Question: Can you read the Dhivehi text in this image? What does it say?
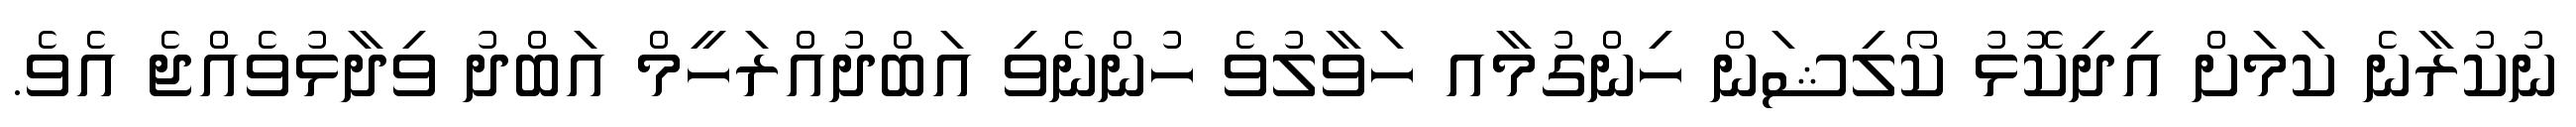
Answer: ނުކުރާނެ ކަމަށް އިދިކޮޅު ކޯލިޝަން ހިންގުމާއ ހަވާލުވެ ހުންނެވި އަބްދުއްރަހީމް އަބްދު ވިދާޅުވެއްޖެ އެވެ.